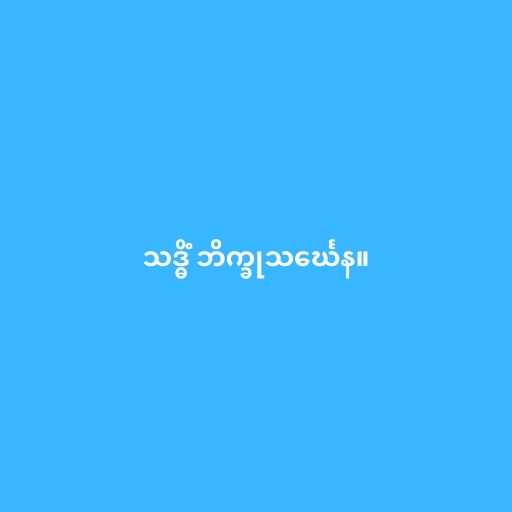
သဒ္ဓိံ ဘိက္ခုသင်္ဃေန။